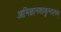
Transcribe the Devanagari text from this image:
आभिज्ञानशाकुन्तलम्